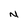
Character: N